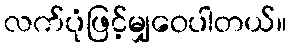
လက်ပုံဖြင့်မျှဝေပါတယ်။